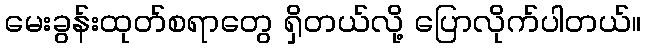
မေးခွန်းထုတ်စရာတွေ ရှိတယ်လို့ ပြောလိုက်ပါတယ်။